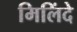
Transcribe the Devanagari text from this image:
मिलिंदे